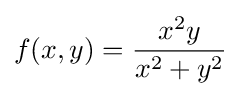
f(x,y)={\frac {x^{2}y}{x^{2}+y^{2}}}